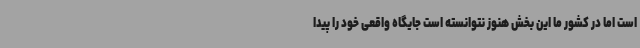
است اما در کشور ما این بخش هنوز نتوانسته است جایگاه واقعی خود را پیدا